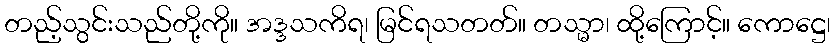
တည့်သွင်းသည်တို့ကို။ အဒ္ဒသကိရ၊ မြင်ရသတတ်။ တသ္မာ၊ ထို့ကြောင့်။ ကောဋ္ဌေ၊